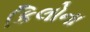
કિલોના